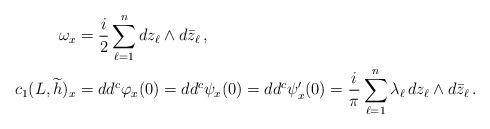
LaTeX: \begin{align*}\omega_x&=\frac{i}{2}\sum_{\ell=1}^n dz_\ell\wedge d\bar{z}_\ell\,,\\c_1(L,\widetilde{h})_x&=dd^c \varphi_x(0)=dd^c \psi_x(0)=dd^c \psi^\prime_x(0)=\frac{i}{\pi}\sum_{\ell=1}^n\lambda_\ell\, dz_\ell\wedge d\bar{z}_\ell\,.\end{align*}